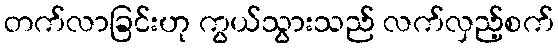
တက်လာခြင်းဟု ကွယ်သွားသည် လက်လှည့်စက်